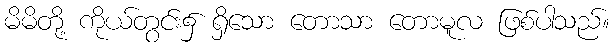
မိမိတို့ ကိုယ်တွင်း၌ ရှိသော တောသာ တောမူလ ဖြစ်ပါသည်။